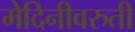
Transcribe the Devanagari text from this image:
मेदिनीवरुती